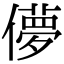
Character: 儚